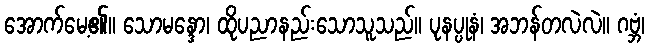
အောက်မေ့၏။ သောမန္ဒော၊ ထိုပညာနည်းသောသူသည်။ ပုနပ္ပုနံ၊ အဘန်တလဲလဲ။ ဂဗ္ဘံ၊